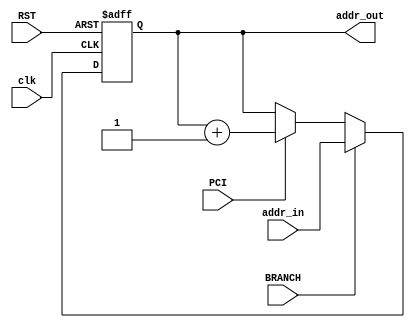
// Module: Program Counter

module pc( clk, RST, PCI, addr_in, BRANCH, addr_out);
    
input wire clk;                  // Clock
input wire RST;                  // Reset
input wire PCI;                  // PC Increment
input wire [7:0] addr_in;        // Next instruction address input
input wire BRANCH;               // Branch control signal

output reg [7:0] addr_out;       // Next instruction address output

always @ (posedge clk or posedge RST)
begin
    if (RST == 1)
        addr_out <= 8'b0;
    else
    begin
        if (BRANCH == 1)
            addr_out <= addr_in;
        else if (PCI == 1)
            addr_out <= addr_out + 8'b00000001;
        else
            addr_out = addr_out; 
    end
end

endmodule

//                                       ---------------------------------------------
//                             clk----->|                                             |-----> addr_out                 
//                             RST----->|                                             |
//                             PCI----->|                                             |
//                          BRANCH----->|                                             |                    
//                                      |              Program Counter                |
//                         addr_in----->|                                             |
//                                      |                                             |
//                                      |                                             |
//                                      |                                             |
//                                      |                                             |
//                                       ---------------------------------------------